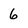
Character: 6